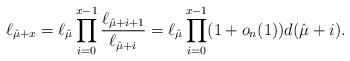
LaTeX: \begin{align*} \ell_{\hat \mu + x} & = \ell_{\hat \mu} \prod_{i=0}^{x - 1} \frac{\ell_{\hat \mu + i + 1}} {\ell_{\hat \mu + i}} = \ell_{\hat \mu} \prod_{i=0}^{x - 1} (1 + o_n(1)) d(\hat \mu + i). \end{align*}